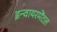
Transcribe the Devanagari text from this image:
इन्वायरमेंटल